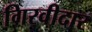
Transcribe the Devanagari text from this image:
गिरवीदार